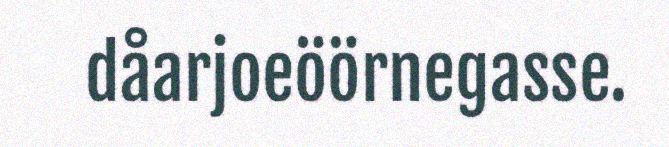
dåarjoeöörnegasse.